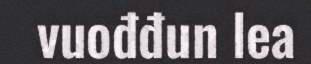
vuođđun lea